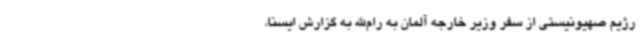
رژیم صهیونیستی از سفر وزیر خارجه آلمان به رام‌الله به گزارش ایسنا،